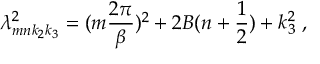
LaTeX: \lambda _ { m n k _ { 2 } k _ { 3 } } ^ { 2 } = ( m \frac { 2 \pi } { \beta } ) ^ { 2 } + 2 B ( n + \frac { 1 } { 2 } ) + k _ { 3 } ^ { 2 } \; ,